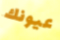
عيونك